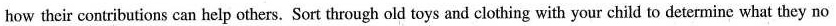
how their contributions can help others. Sort through old toys and clothing with your child to determine what they no